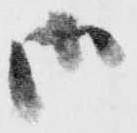
御